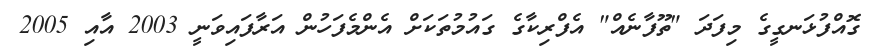
ގޮއްފުޅަނގީގެ މިފަދަ "ތޫފާނެއް" އެފްރިކާގެ ގައުމުތަކަށް އެންމެފަހުން އަރާފައިވަނީ 2003 އާއި 2005